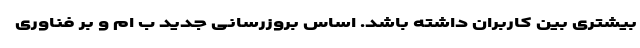
بیشتری بین کاربران داشته باشد. اساس بروزرسانی جدید ب ام و بر فناوری